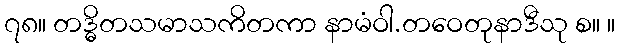
၇၈။ တဒ္ဓိတသမာသကိတကာ နာမံဝါ.တဝေတုနာဒီသု စ။ ။